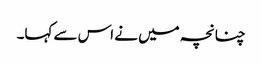
چنانچہ میں نے اس سے کہا۔